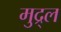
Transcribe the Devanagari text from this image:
मुद्र्ल